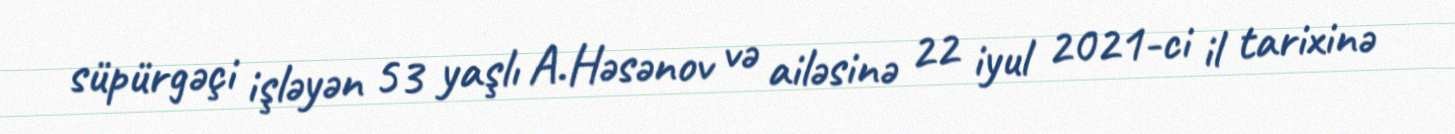
süpürgəçi işləyən 53 yaşlı A.Həsənov və ailəsinə 22 iyul 2021-ci il tarixinə